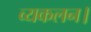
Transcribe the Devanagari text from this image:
व्यकलन।